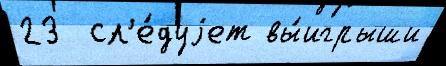
23  сл'е́дуjет вы́игрыши